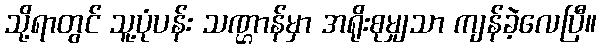
သို့ရာတွင် သူ့ပုံပန်း သဏ္ဌာန်မှာ အရိုးစုမျှသာ ကျန်ခဲ့လေပြီ။